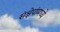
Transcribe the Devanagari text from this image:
संक्षेपांमध्ये